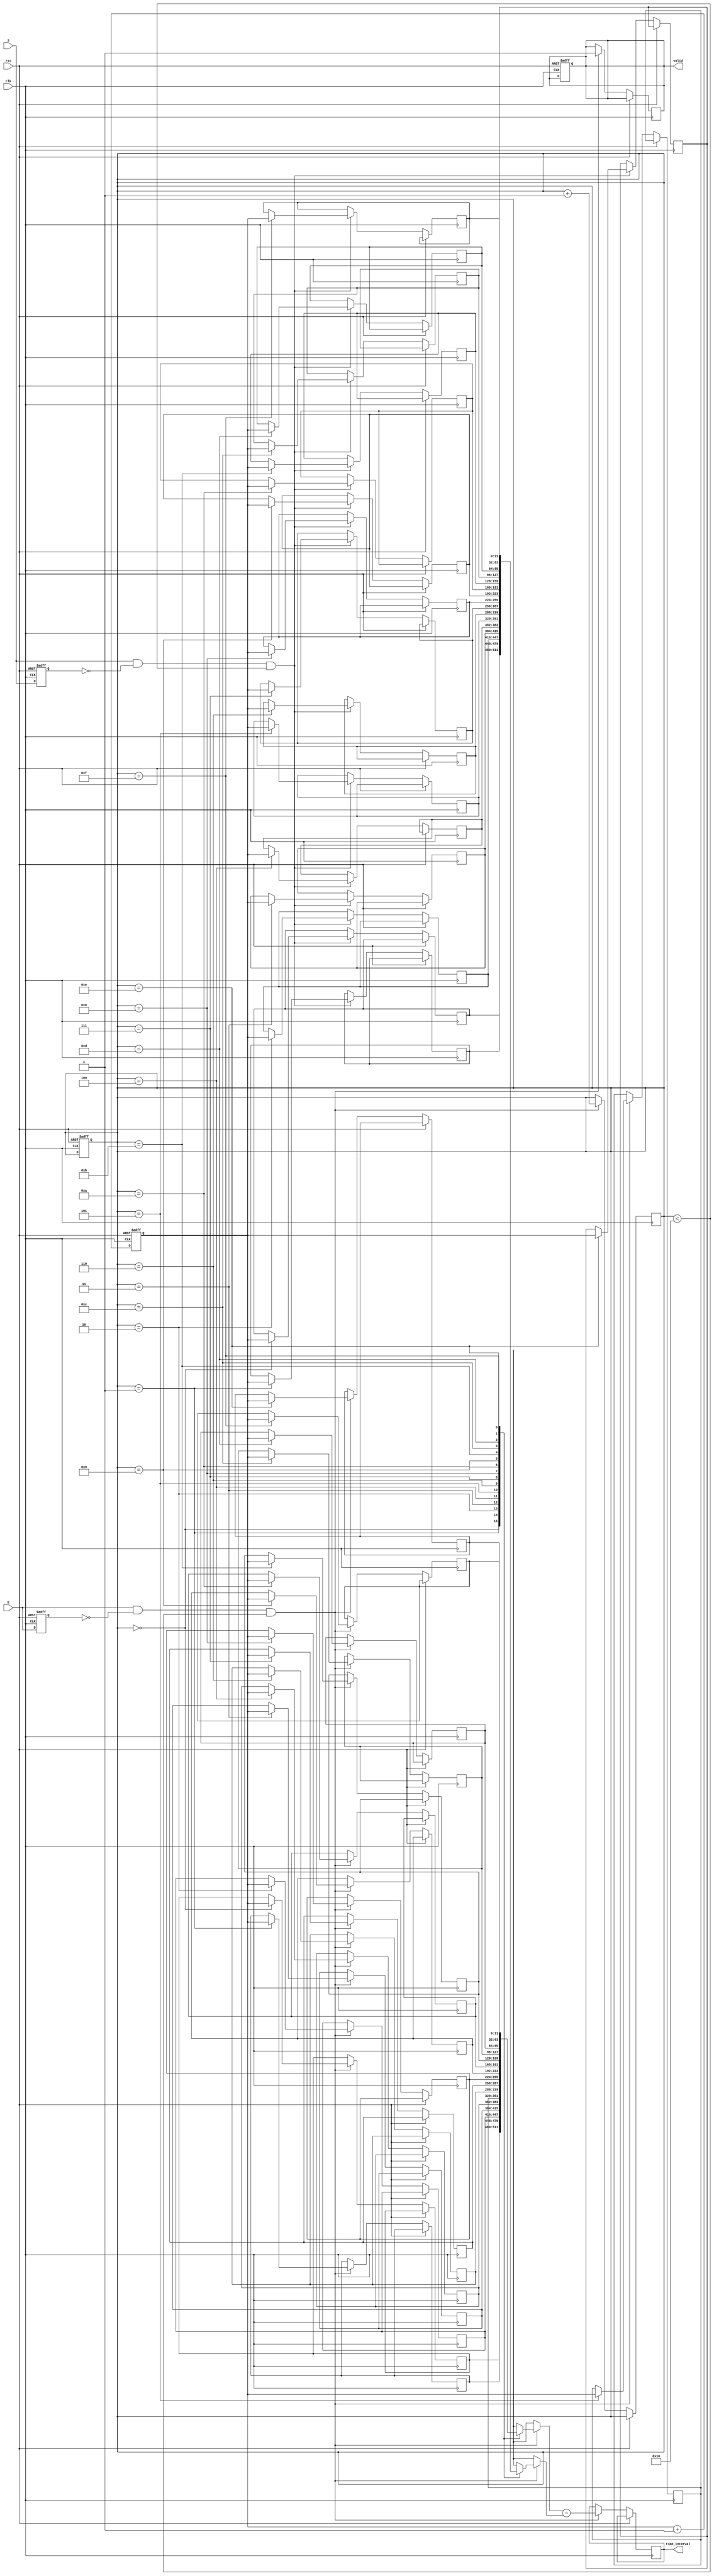
module TDC (
    input wire clk,          // High-frequency clock signal
    input wire rst,          // Reset signal
    input wire S,           // Start signal
    input wire E,           // Stop signal
    output reg [31:0] time_interval, // Output time interval
    output reg valid        // Output valid signal
);

    // Memory to store timestamps
    reg [31:0] start_time [0:15]; // Array to store start times (up to 16 events)
    reg [31:0] stop_time [0:15];  // Array to store stop times (up to 16 events)
    reg [3:0] event_count;         // Event count for indexing memory

    // Counter to track clock cycles
    reg [31:0] counter;

    // State machine for event detection
    reg S_prev, E_prev;

    // Initialize the counter and event count
    initial begin
        counter = 0;
        event_count = 0;
        valid = 0;
    end

    // Increment counter on each clock cycle
    always @(posedge clk or posedge rst) begin
        if (rst) begin
            counter <= 0;
            event_count <= 0;
            valid <= 0;
        end else begin
            counter <= counter + 1;
        end
    end

    // Detect rising edges of start and stop signals
    always @(posedge clk or posedge rst) begin
        if (rst) begin
            S_prev <= 0;
            E_prev <= 0;
        end else begin
            S_prev <= S;
            E_prev <= E;

            // Capture start time
            if (S && !S_prev && event_count < 16) begin
                start_time[event_count] <= counter;
            end

            // Capture stop time and calculate time interval
            if (E && !E_prev && event_count < 16) begin
                stop_time[event_count] <= counter;
                time_interval <= stop_time[event_count] - start_time[event_count];
                valid <= 1; // Indicate valid output
                event_count <= event_count + 1; // Increment event count
            end
        end
    end

    // Optional: Clear valid signal after reading
    always @(posedge clk or posedge rst) begin
        if (rst) begin
            valid <= 0;
        end else if (valid) begin
            // You can implement a mechanism to clear valid signal after reading
            // For example, after a certain condition or a specific read signal
        end
    end

endmodule